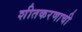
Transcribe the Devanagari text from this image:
शीतकरणाची